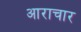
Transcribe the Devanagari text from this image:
आराचार